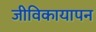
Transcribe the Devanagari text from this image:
जीविकायापन